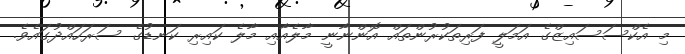
މި އެކްސަސައިޒްގެ އަމަލީ ފަރިތަކުރުންތައް އޮންނާނީ މާލެއާއި މާލެ ކައިރި ކަނޑުގެ ސަރަހައްދުގައެވެ.